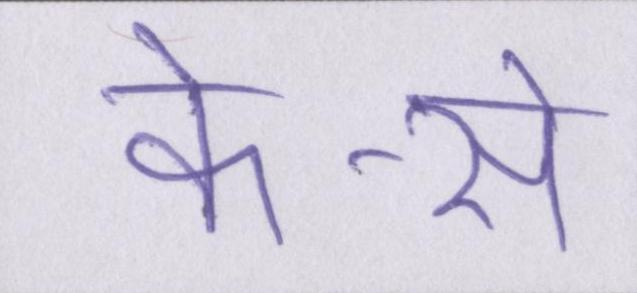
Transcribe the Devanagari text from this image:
के-से